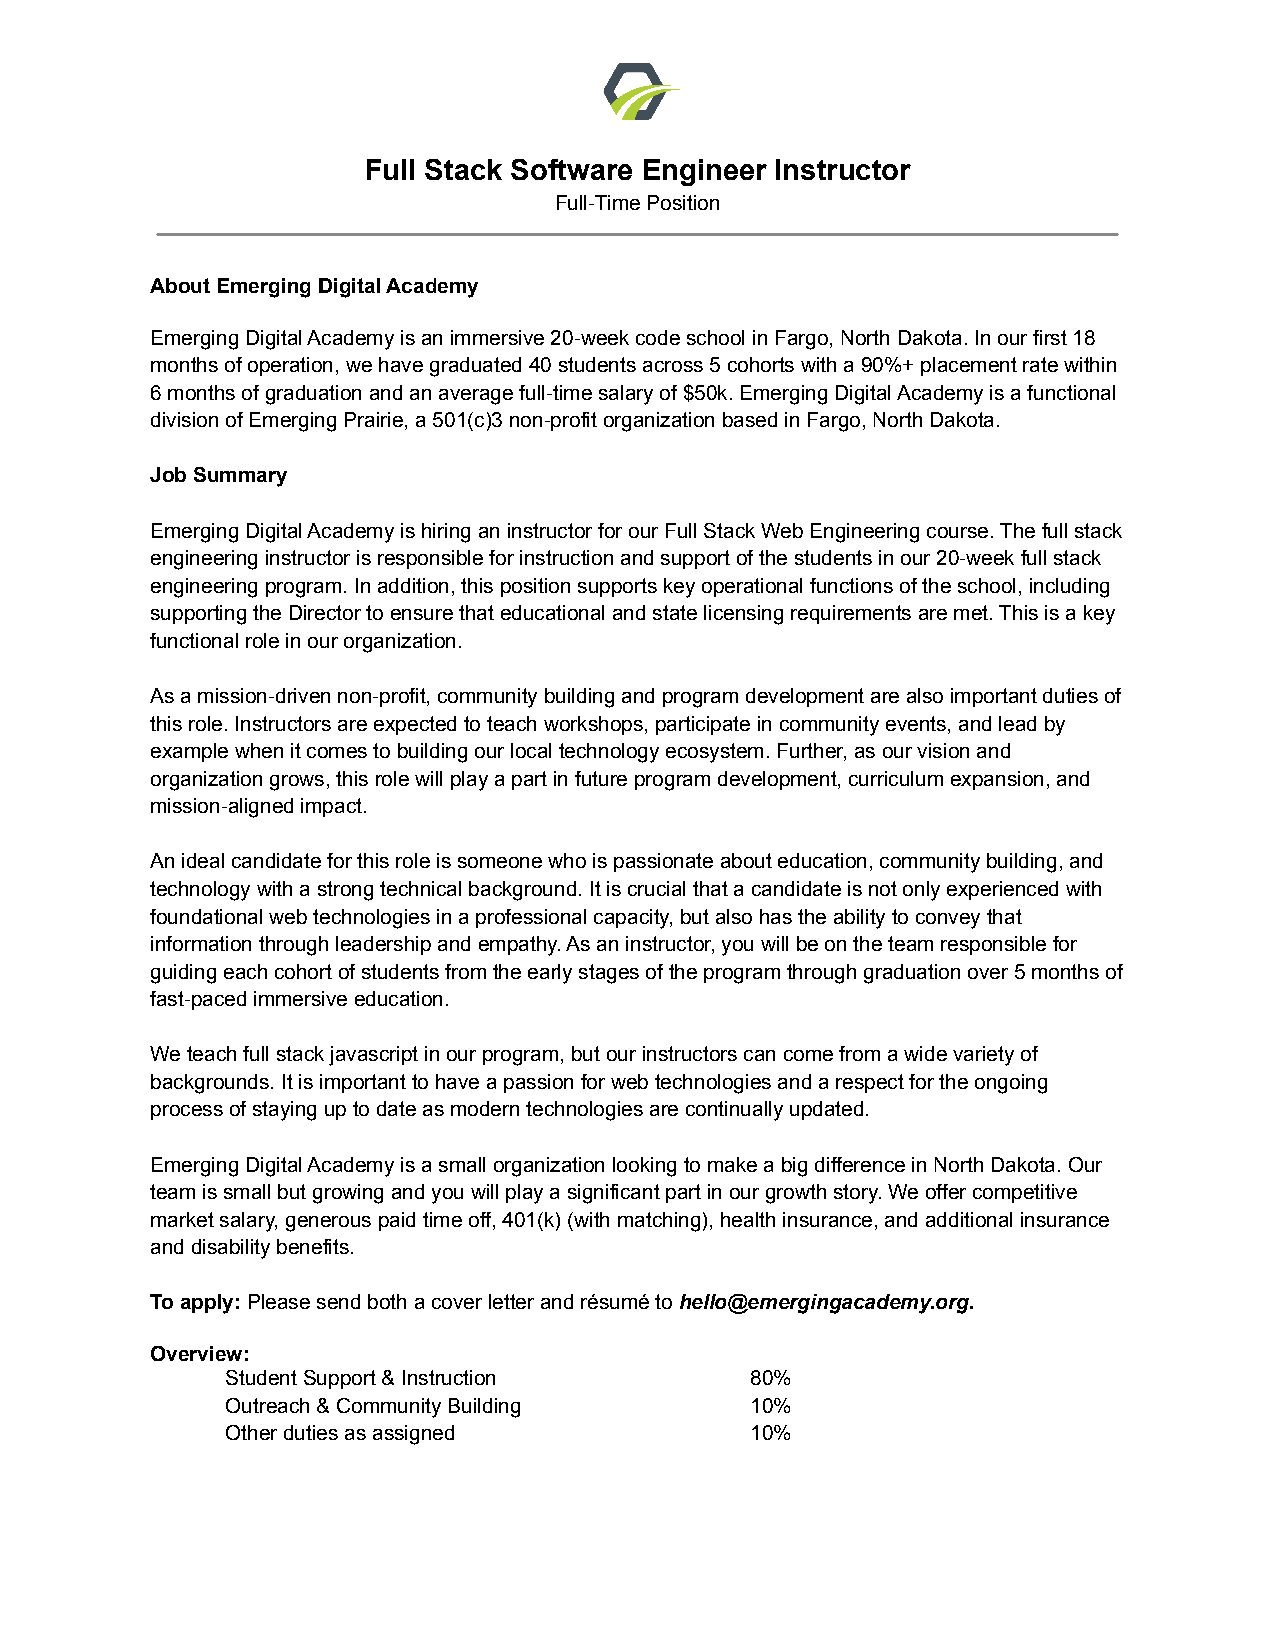
Full Stack Software Engineer Instructor
 Full-Time Position
 About Emerging Digital Academy
 Emerging Digital Academy is an immersive 20-week code school in Fargo, North Dakota. In our first 18
 months of operation, we have graduated 40 students across 5 cohorts with a 90%+ placement rate within
 6 months of graduation and an average full-time salary of $50k. Emerging Digital Academy is a functional
 division of Emerging Prairie, a 501(c)3 non-profit organization based in Fargo, North Dakota.
 Job Summary
 Emerging Digital Academy is hiring an instructor for our Full Stack Web Engineering course. The full stack
 engineering instructor is responsible for instruction and support of the students in our 20-week full stack
 engineering program. In addition, this position supports key operational functions of the school, including
 supporting the Director to ensure that educational and state licensing requirements are met. This is a key
 functional role in our organization.
 As a mission-driven non-profit, community building and program development are also important duties of
 this role. Instructors are expected to teach workshops, participate in community events, and lead by
 example when it comes to building our local technology ecosystem. Further, as our vision and
 organization grows, this role will play a part in future program development, curriculum expansion, and
 mission-aligned impact.
 An ideal candidate for this role is someone who is passionate about education, community building, and
 technology with a strong technical background. It is crucial that a candidate is not only experienced with
 foundational web technologies in a professional capacity, but also has the ability to convey that
 information through leadership and empathy. As an instructor, you will be on the team responsible for
 guiding each cohort of students from the early stages of the program through graduation over 5 months of
 fast-paced immersive education.
 We teach full stack javascript in our program, but our instructors can come from a wide variety of
 backgrounds. It is important to have a passion for web technologies and a respect for the ongoing
 process of staying up to date as modern technologies are continually updated.
 Emerging Digital Academy is a small organization looking to make a big difference in North Dakota. Our
 team is small but growing and you will play a significant part in our growth story. We offer competitive
 market salary, generous paid time off, 401(k) (with matching), health insurance, and additional insurance
 and disability benefits.
 To apply:Please send both a cover letter and résumétohello@emergingacademy.org.
 Overview:
 Student Support & Instruction      80%
 Outreach & Community Building      10%
 Other duties as assigned           10%